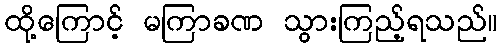
ထို့ကြောင့် မကြာခဏ သွားကြည့်ရသည်။